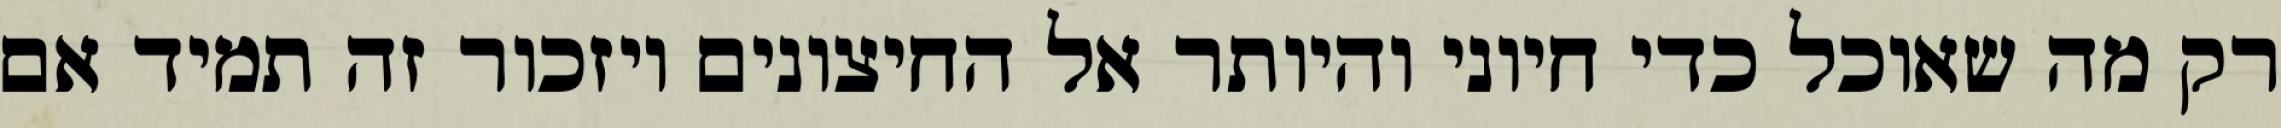
רק מה שאוכל כדי חיוני והיותר אל החיצונים ויזכור זה תמיד אם